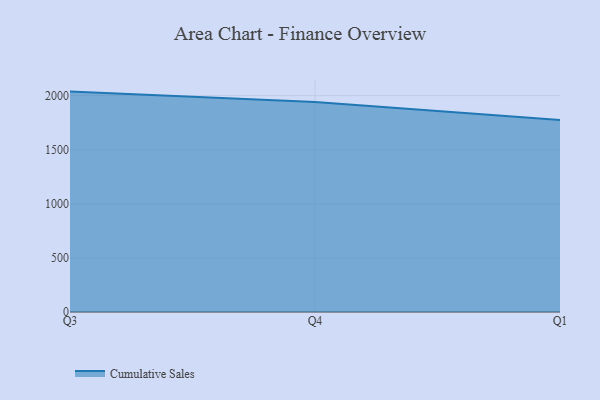
{"axis": {"x": "Quarter", "y": "Satisfaction Score"}, "legend": ["Cumulative Sales"], "data": [{"x": "Q3", "y": 2036.8, "type": "Cumulative Sales"}, {"x": "Q4", "y": 1941.8, "type": "Cumulative Sales"}, {"x": "Q1", "y": 1774.4, "type": "Cumulative Sales"}]}